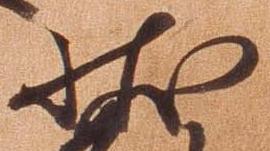
状